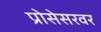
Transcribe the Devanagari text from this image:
प्रोसेसरवर